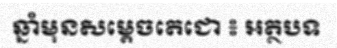
ឆ្នាំមុនសម្តេចតេជោ ៖ អត្ថបទ